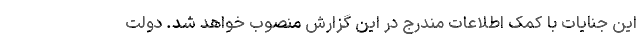
این جنایات با کمک اطلاعات مندرج در این گزارش منصوب خواهد شد. دولت